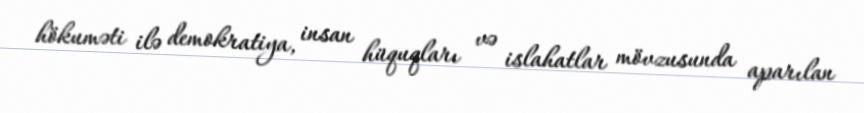
hökuməti ilə demokratiya, insan hüquqları və islahatlar mövzusunda aparılan